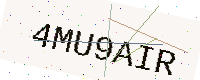
Text: 4MU9AIR